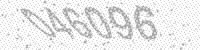
Solution: 046096